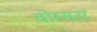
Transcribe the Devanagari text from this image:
वोस्सनर